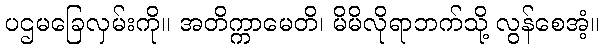
ပဌမခြေလှမ်းကို။ အတိက္ကာမေတိ၊ မိမိလိုရာဘက်သို့ လွန်စေအံ့။